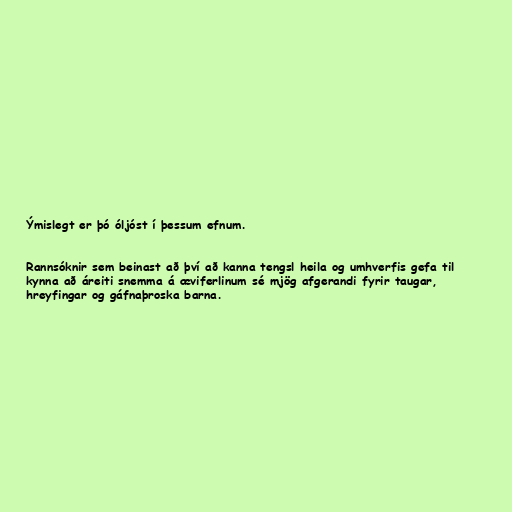
Ýmislegt er þó óljóst í þessum efnum.

Rannsóknir sem beinast að því að kanna tengsl heila og umhverfis gefa til
kynna að áreiti snemma á æviferlinum sé mjög afgerandi fyrir taugar,
hreyfingar og gáfnaþroska barna.